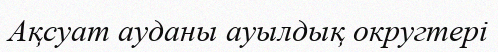
Ақсуат ауданы ауылдық округтері